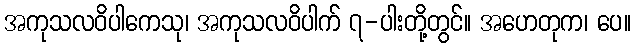
အကုသလဝိပါကေသု၊ အကုသလဝိပါက် ၇-ပါးတို့တွင်။ အဟေတုက၊ ပေ။